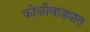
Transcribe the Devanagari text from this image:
कोळीवाड्यात